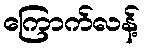
ကြောက်လန့်